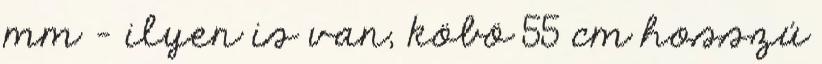
mm - ilyen is van, köbö 55 cm hosszú